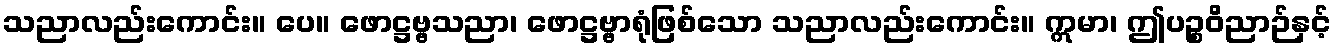
သညာလည်းကောင်း။ ပေ။ ဖောဋ္ဌဗ္ဗသညာ၊ ဖောဋ္ဌဗ္ဗာရုံဖြစ်သော သညာလည်းကောင်း။ ဣမာ၊ ဤပဉ္စဝိညာဉ်နှင့်